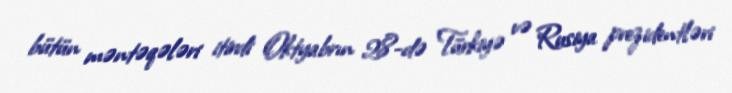
bütün məntəqələri itirdi Oktyabrın 28-də Türkiyə və Rusiya prezidentləri